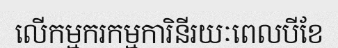
លើកម្មករកម្មការិនីរយៈពេលបីខែ